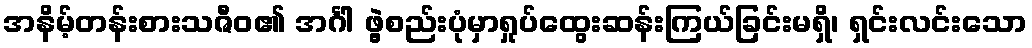
အနိမ့်တန်းစားသဇီဝ၏ အင်္ဂါ ဖွဲ့စည်းပုံမှာရှုပ်ထွေးဆန်းကြယ်ခြင်းမရှိ၊ ရှင်းလင်းသော